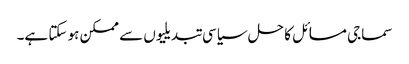
سماجی مسائل کا حل سیاسی تبدیلیوں سے ممکن ہو سکتا ہے۔